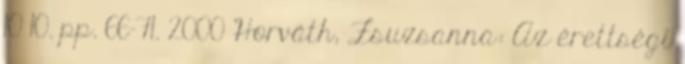
10 10. pp. 66-71. 2000 Horváth, Zsuzsanna: Az érettségi